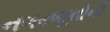
નગરજૂથોની